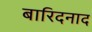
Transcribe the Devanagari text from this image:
बारिदनाद